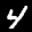
Label: 4